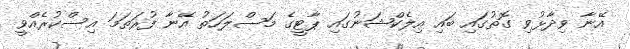
އޭނާ ވިދާޅުވި ގޮތުގައި ބައި އިލެކްޝަނުގައި ޕާޓީގެ މަސްލަހަތު އޭނާ ފުރަތަމަ އިސްކުރެއްވީ